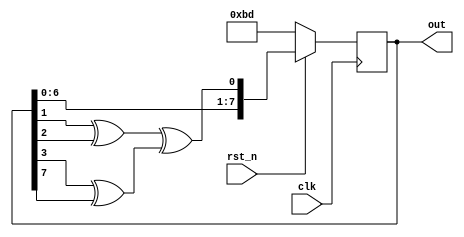
`timescale 1ns/1ps

module Many_To_One_LFSR(clk, rst_n, out);
input clk;
input rst_n;
output reg [7:0] out;
reg [7:0] DFF;
reg [7:0] nxt;
always@(posedge clk) begin
    if(~rst_n) DFF<=8'b10111101;
    else DFF<= nxt;
end
reg Back;
always@(*) begin
    Back = (DFF[1]^DFF[2])^(DFF[3]^DFF[7]);
    nxt[7] = DFF[6];
    nxt[6] = DFF[5];
    nxt[5] = DFF[4];
    nxt[4] = DFF[3];
    nxt[3] = DFF[2];
    nxt[2] = DFF[1];
    nxt[1] = DFF[0];
    nxt[0] = Back;
end
always@(*)  out = DFF;
endmodule